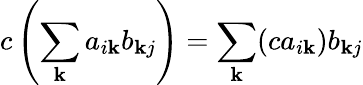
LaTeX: c\left(\sum_{\mathbf{k}}a_{i\mathbf{k}}b_{\mathbf{k}j}\right)=\sum_{\mathbf{k}}(ca_{i\mathbf{k}})b_{\mathbf{k}j}